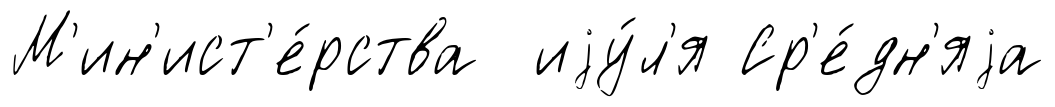
М'ин'ист'е́рства иjу́л'я Ср'е́дн'яjа